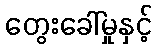
တွေးခေါ်မှုနှင့်